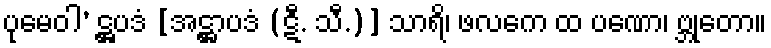
ပုမေဝါ’ ဋ္ဌပဒံ [အဋ္ဌာပဒံ (ဋီ. သီ.)] သာရိ၊ ဖလကေ ထ ပဏော၊ ဗ္ဘုတော။